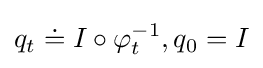
q_{t}\doteq I\circ \varphi _{t}^{-1},q_{0}=I